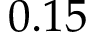
0 . 1 5